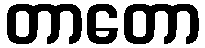
တာတော